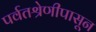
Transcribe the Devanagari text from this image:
पर्वतश्रेणीपासून